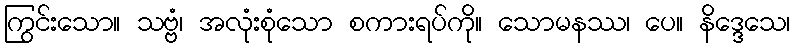
ကြွင်းသော။ သဗ္ဗံ၊ အလုံးစုံသော စကားရပ်ကို။ သောမနဿ၊ ပေ။ နိဒ္ဒေသေ၊